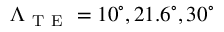
\Lambda _ { \mathrm { ~ T ~ E ~ } } = 1 0 ^ { \circ } , 2 1 . 6 ^ { \circ } , 3 0 ^ { \circ }